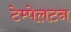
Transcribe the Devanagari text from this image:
टेम्पेलटन